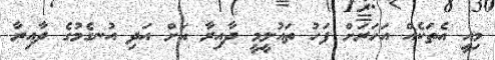
މިއީ އެތަކެއް އަހަރަށް ފަހު ތައުލީމީ ދާއިރާ އަށް އަދި އުނގެމުގެ ދާއިރާ